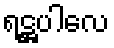
ရဋ္ဌပါလေ